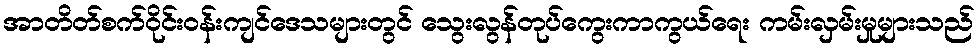
အာတိတ်စက်ဝိုင်းဝန်းကျင်ဒေသများတွင် သွေးလွန်တုပ်ကွေးကာကွယ်ရေး ကမ်းလှမ်းမှုများသည်